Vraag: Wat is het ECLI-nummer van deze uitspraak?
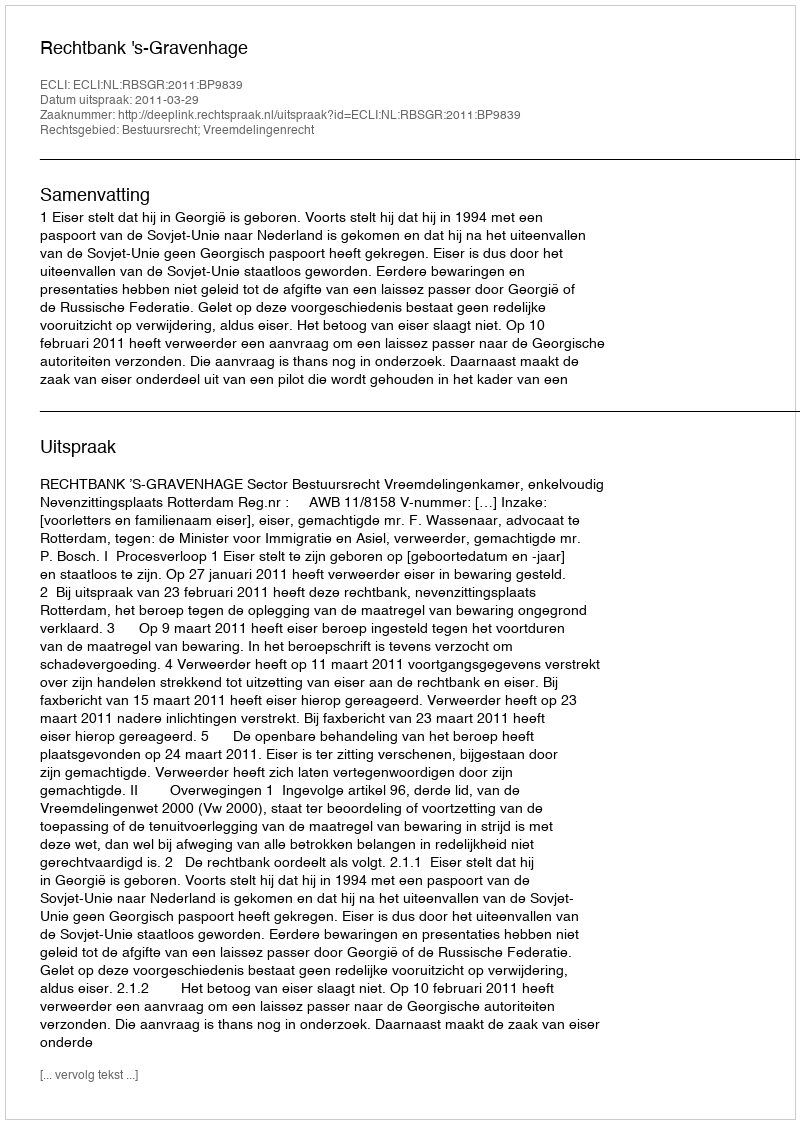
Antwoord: ECLI:NL:RBSGR:2011:BP9839